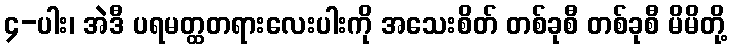
၄-ပါး၊ အဲဒီ ပရမတ္ထတရားလေးပါးကို အသေးစိတ် တစ်ခုစီ တစ်ခုစီ မိမိတို့